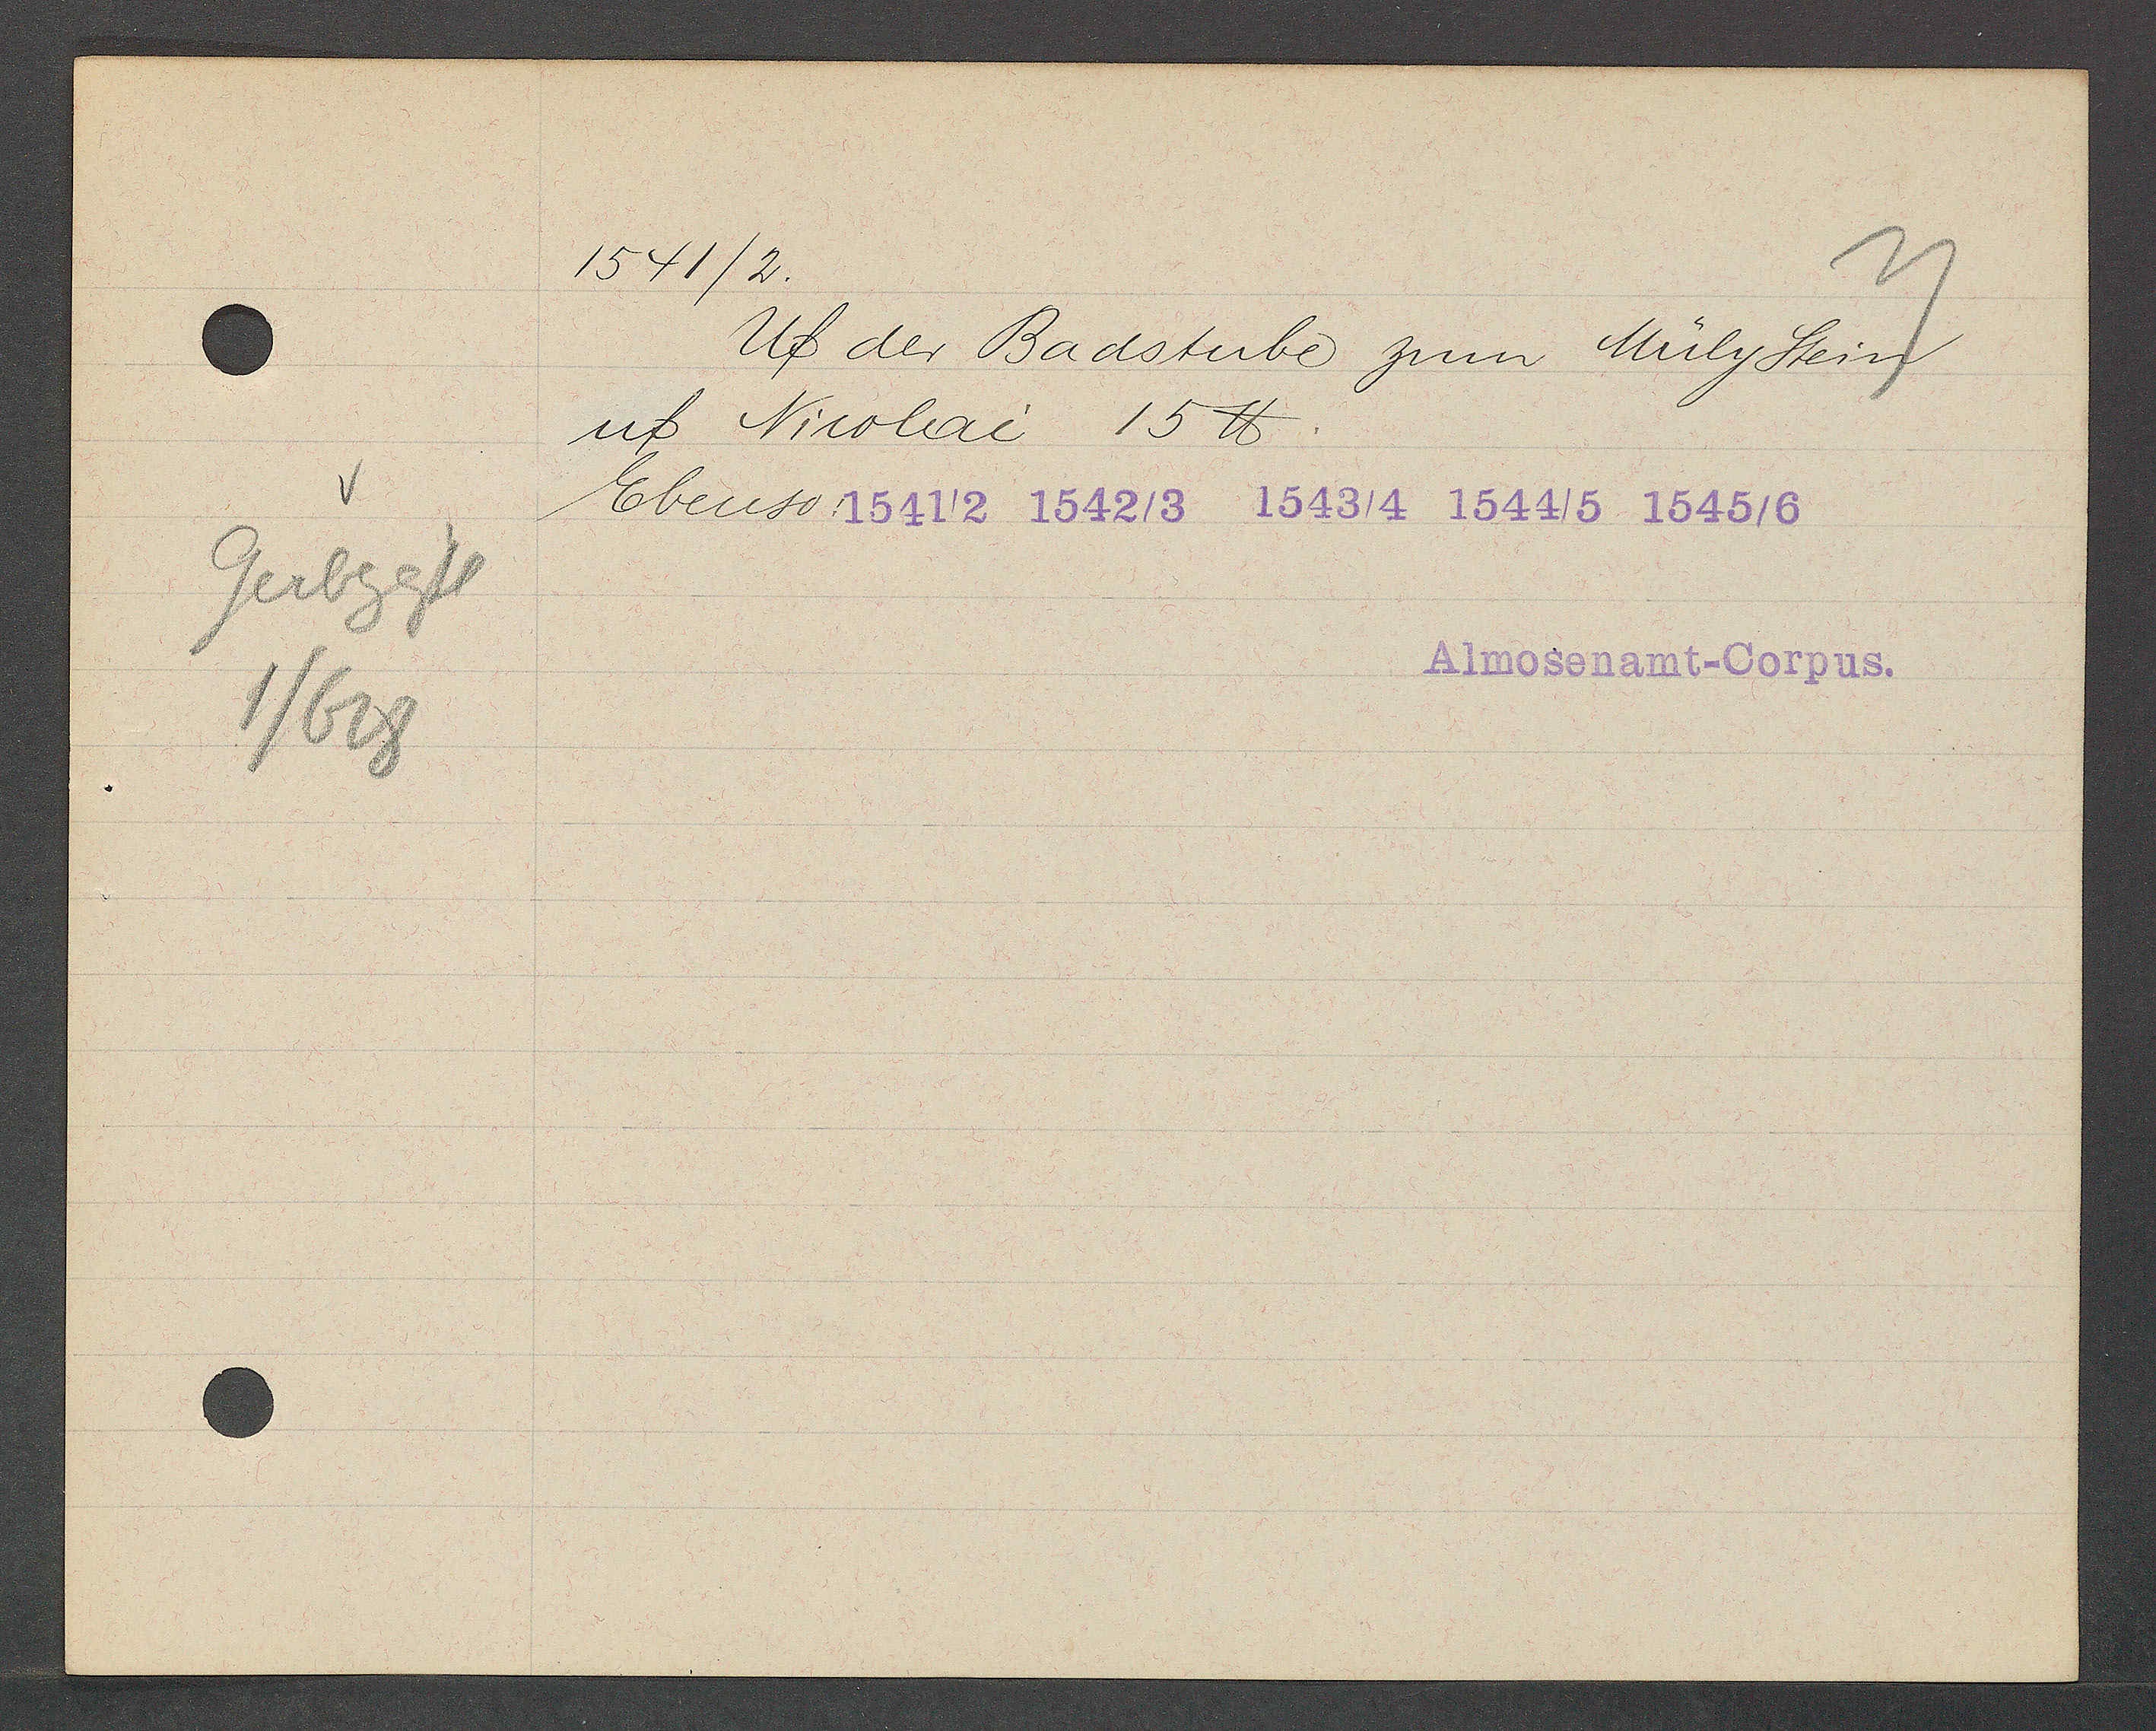
Transcript:
Gerbgass
1/628

1541/2.

Uf der Badstube zum Müly Stein
uf Nicolai 15 ℔.
Ebenso: 1541/2 1542/3 1543/4 1544/5 1545/6

Almosenamt-Corpus.